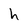
Character: h